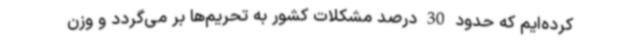
کرده‌ایم که حدود 30 درصد مشکلات کشور به تحریم‌ها بر می‌گردد و وزن